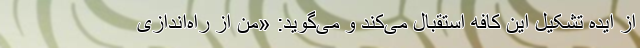
از ایده تشکیل این کافه استقبال می‌کند و می‌گوید: «من از راه‌اندازی